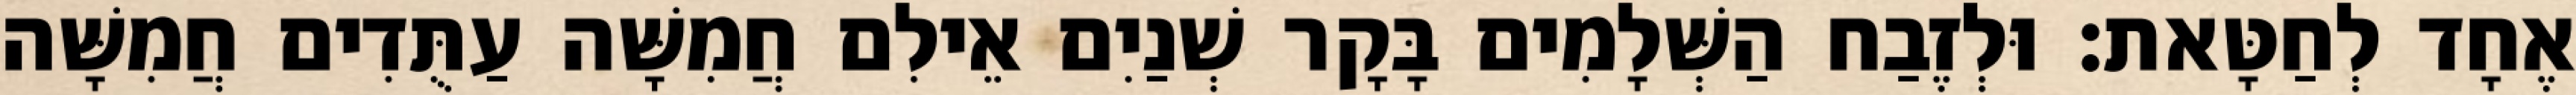
אֶחָד לְחַטָּאת׃ וּלְזֶבַח הַשְּׁלָמִים בָּקָר שְׁנַיִם אֵילִם חֲמִשָּׁה עַתֻּדִים חֲמִשָּׁה